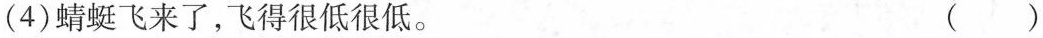
(4)蜻蜓飞来了，飞得很低很低。（）